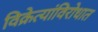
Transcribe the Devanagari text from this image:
विक्रेत्यांविरोधात